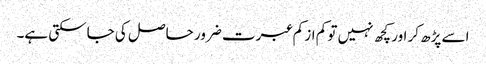
اسے پڑھ کر اور کچھ نہیں تو کم از کم عبرت ضرور حاصل کی جاسکتی ہے۔